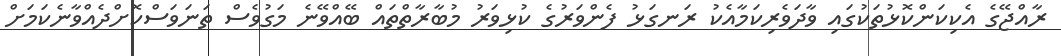
ރާއްޖޭގެ އެކިކަންކޮޅުތަކުގައި ވާދަވެރިކަމާއެކު ރަނގަޅު ފެންވަރުގެ ކުޅިވަރު މުބާރާތްތައް ބޭއްވޭނެ މަގުވެސް ތަނަވަސްކޮށްދެއްވާނެކަމަށް